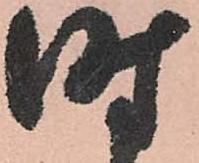
時